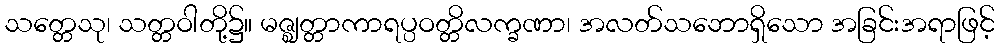
သတ္တေသု၊ သတ္တဝါတို့၌။ မဇ္ဈတ္တာကာရပ္ပဝတ္တိလက္ခဏာ၊ အလတ်သဘောရှိသော အခြင်းအရာဖြင့်